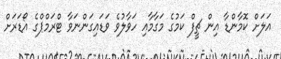
އަލަށް ކޮމާންޑާ އިން ޗީފް ކަމުގެ މަގާމާއި ހަވާލުވެ ވަޑައިގަންނަވާ ޓްރަމްޕްގެ އޯޑަރަށް